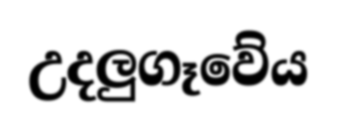
උදලුගෑවේය